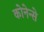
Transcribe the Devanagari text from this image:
कोनेन्से